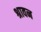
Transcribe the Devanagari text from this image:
श्रावन